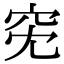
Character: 𥤷